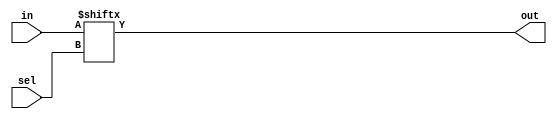
module top_module (
	input [255:0] in,
	input [7:0] sel,
	output  out
);

	// Select one bit from vector in[]. The bit being selected can be variable.
	assign out = in[sel];
	
endmodule